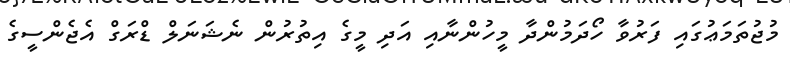
މުޖުތަމަޢުގައި ފަރުވާ ހޯދަމުންދާ މީހުންނާއި އަދި މީގެ އިތުރުން ނެޝަނަލް ޑްރަގް އެޖެންސީގެ